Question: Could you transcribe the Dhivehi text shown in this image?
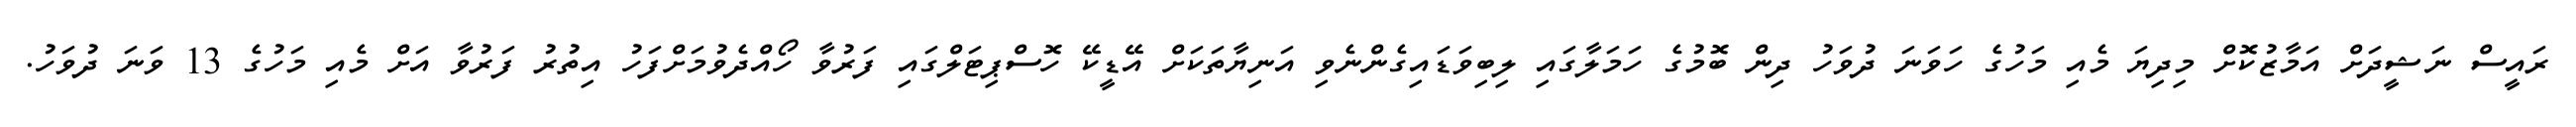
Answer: ރައީސް ނަޝީދަށް އަމާޒުކޮށް މިދިޔަ މެއި މަހުގެ ހަވަނަ ދުވަހު ދިން ބޮމުގެ ހަމަލާގައި ލިބިވަޑައިގެންނެވި އަނިޔާތަކަށް އޭޑީކޭ ހޮސްޕިޓަލްގައި ފަރުވާ ހޯއްދެވުމަށްފަހު އިތުރު ފަރުވާ އަށް މެއި މަހުގެ 13 ވަނަ ދުވަހު.